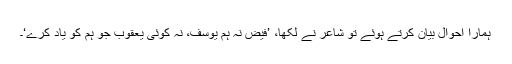
ہمارا احوال بیان کرتے ہوئے تو شاعر نے لکھا، ’فیض نہ ہم یوسف، نہ کوئی یعقوب جو ہم کو یاد کرے‘۔